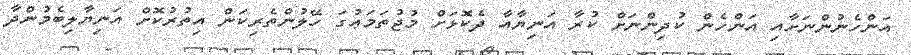
އަންހެނުންނަށާއި އަންހެން ކުދިންނަށް ކުރާ އަނިޔާއާ ދެކޮޅަށް މުޖުތަމަޢުގަ ހޭލުންތެރިކަން އިތުރުކޮށް އަނިޔާލިބެމުންދާ